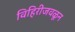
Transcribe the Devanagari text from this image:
विहिरीजवळून